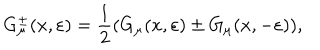
G _ { \mu } ^ { \pm } ( x , \varepsilon ) = \frac 1 2 ( G _ { \mu } ( x , \varepsilon ) \pm G _ { \mu } ( x , - \varepsilon ) ) ,